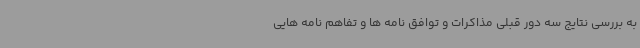
به بررسی نتایج سه دور قبلی مذاکرات و توافق نامه ها و تفاهم نامه هایی